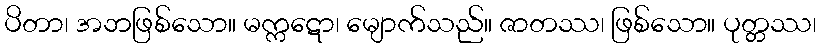
ပိတာ၊ အဘဖြစ်သော။ မက္ကဋော၊ မျောက်သည်။ ဇာတဿ၊ ဖြစ်သော။ ပုတ္တဿ၊